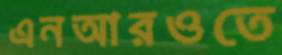
এনআরওতে